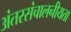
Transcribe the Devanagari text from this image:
अंतरसंचालनीयता